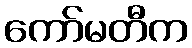
ကော်မတီက